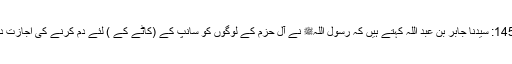
1456: سیدنا جابر بن عبد اللہؓ کہتے ہیں کہ رسول اللہﷺ نے آل حزم کے لوگوں کو سانپ کے (کاٹے کے ) لئے دم کرنے کی اجازت دی۔